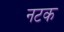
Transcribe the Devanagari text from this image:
नटक